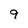
Character: 9